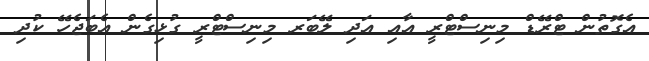
އެގޮތުން ޓްރޭޑް މިނިސްޓްރީ އާއި އަދި ލޭބަރ މިނިސްޓްރީ ގުޅިގެން އެބަޖެހޭ ކުދި